Report on vaccination for the Province of Oudh 1871 -
Year: 1871
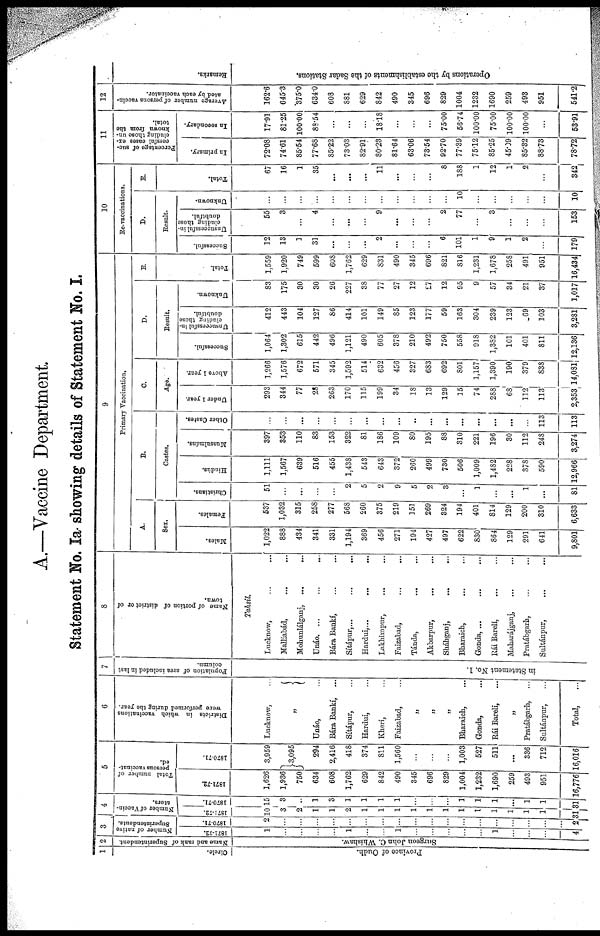
A.—Vaccine Department
Statement No. Ia. showing details of Statement No. I.
1
Circle.
Province of Oudh.
2
Name and rank of Superintendent.
Surgeon John C. Whishaw.
3
Number of native
Superintendents.
1871-72.
1
...
...
...
...
1
...
...
1
...
...
...
...
...
1
...
...
...
4
1870-71.
2
...
...
...
...
...
...
...
...
...
...
...
...
...
...
...
...
...
2
4
Number of Vaccin¬
ators.
1871-72.
10
3
2
1
1
2
1
1
1
1
1
1
1
1
1
1
1
1
31
1870-71.
15
3
...
1
3
1
1
1
1
...
...
...
1
1
1
...
1
1
31
5
Total number of
persons vaccinat-
ed.
1871-72.
1,626
1,936
750
634
608
1,762
629
842
490
345
696
829
1,004
1,232
1,690
259
493
951
16,776
1870.71.
3,959
3,095
294
2,416
418
374
811
1,560
...
...
...
1,003
527
511
...
336
712
16,016
6
Districts in which vaccinations
were performed during the year.
Lucknow, ...
„
Unáo, ...
Bára Bankí, ...
Sítápur, ...
Hardui, ...
Kheri, ...
Faizabad, ...
„
„
„
Bharaich, ...
Gonda, ...
Rái Bareli, ...
„
Pratábgarh, ...
Sultánpur, ...
Total, ...
7
Population of area included in last
column.
in Statement No. 1.
8
Name of portion of district or of
town.
Tahsil.
Lucknow, ... ...
Malliabád, ... ...
Mohunlálganj, ...
...
Unáo. ... ... ...
Bára Bankí, ... ...
Sítápur,...
...
...
Hardui,... ... ...
Lakhímpur,
... ...
Faizabad, ... ...
Tánda, ... ...
Akbarpur, ... ...
Sháhganj, ... ...
Bharaich,
Gonda, ... ...
Rái Barelí, ... ...
Maharájganj, ... ...
Pratábgarh, ... ...
Sultánpur, ... ...
9
Primary Vaccination.
A.
Sex.
Males.
1,022
888
434
341
331
1,194
369
456
271
194
427
497
622
830
864
129
291
641
9,801
Females.
537
1,032
315
258
277
568
260
375
219
151
269
324
194
401
814
129
200
310
6,633
B.
Castes.
Christians.
51
...
...
...
...
2
5
2
9
5
2
3
...
1
...
...
1
...
81
Hindus.
1,111
1,567
639
516
455
1,438
543
643
372
260
499
730
506
1,009
1,482
228
378
590
12,966
Mussulmáns.
397
353
110
83
153
322
81
186
109
80
195
88
310
221
196
30
112
248
3,274
Other Castes.
...
...
...
...
...
...
...
...
...
...
...
...
...
...
...
...
...
113
113
C.
Age.
Under 1 year.
293
344
77
28
263
170
115
199
34
18
13
129
15
74
288
68
112
113
2,353
Above 1 year.
1,266
1,576
672
571
345
1,592
514
632
456
327
683
692
801
1,157
1,390
190
379
838
14,081
D.
Result.
Successful.
1,064
1,302
615
442
496
1,121
490
605
378
210
492
750
558
918
1,382
101
401
811
12,136
Unsuccessful in-
cluding those
doubtful.
412
443
104
127
86
414
101
149
85
123
177
59
163
304
239
123
69
103
3,281
Unknown.
83
175
30
30
26
227
38
77
27
12
27
12
95
9
57
34
21
37
1,017
E.
Total.
1,559
1,920
749
599
608
1,762
629
831
490
345
696
821
816
1,231
1,678
258
491
951
16,434
10
Re-vaccinations.
D.
Result.
Successful.
12
13
1
31
...
...
...
2
...
...
...
6
101
1
9
1
2
...
179
Unsuccessful in-
cluding those
doubtful.
55
3
...
4
...
...
...
9
...
...
...
2
77
...
3
...
...
...
153
Unknown.
...
...
...
...
...
...
...
...
...
...
...
...
10
...
...
...
...
...
10
E.
Total.
67
16
1
35
...
...
...
11
...
...
...
8
188
1
12
1
2
...
342
11
Percentage of suc-
cessful cases ex-
cluding those un-
known from the
total.
In primary.
72.08
74.61
85.54
77.68
85.22
73.03
82.91
80.23
81.64
63.06
73.54
92.70
77.39
75.12
85.25
45.09
85.32
88.73
78.72
In secondary.
17.91
81.25
100.00
88.54
...
...
...
18.18
...
...
...
75.00
56.74
100.00
75.00
100.00
100.00
...
53.91
12
Average number of persons vaccin-
ated by each vaccinator.
162.6
645.3
375.0
634.0
608
881
629
842
490
345
696
829
1004
1232
1690
259
493
951
541.2
Remarks.
Operations by the establishments of the Sadar Stations.